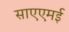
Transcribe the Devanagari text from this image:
साएएमई